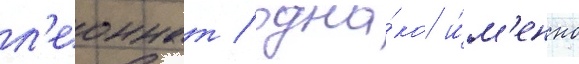
л'еоннат / одна́ко и́м'енно